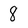
Character: 8